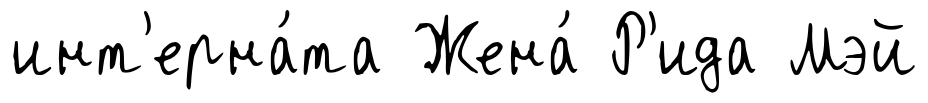
инт'ерна́та Жена́ Р'ида Мэй